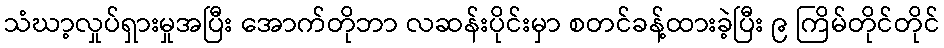
သံဃာ့လှုပ်ရှားမှုအပြီး အောက်တိုဘာ လဆန်းပိုင်းမှာ စတင်ခန့်ထားခဲ့ပြီး ၉ ကြိမ်တိုင်တိုင်